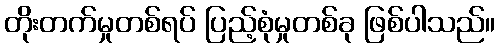
တိုးတက်မှုတစ်ရပ် ပြည့်စုံမှုတစ်ခု ဖြစ်ပါသည်။